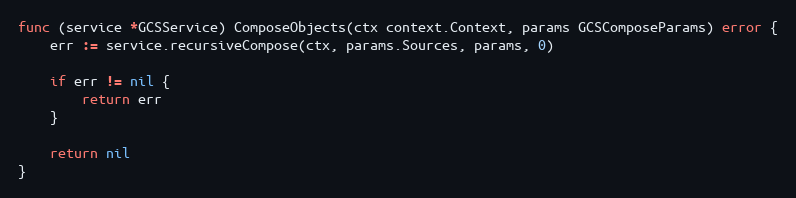
Language: Go
func (service *GCSService) ComposeObjects(ctx context.Context, params GCSComposeParams) error {
	err := service.recursiveCompose(ctx, params.Sources, params, 0)

	if err != nil {
		return err
	}

	return nil
}